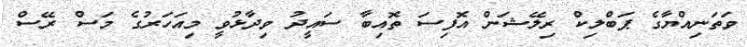
ވަތަނިއްޔާގެ ޕަބްލިކް ރިލޭޝަން އޮފިސަ ތޮއިބާ ސައީދު ވިދާޅުވީ މިއަހަރުގެ މަސް ރޭސް